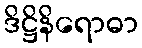
ဒိဋ္ဌိနိရောဓာ